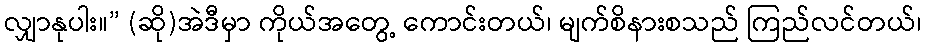
လျှာနုပါး။” (ဆို)အဲဒီမှာ ကိုယ်အတွေ့ ကောင်းတယ်၊ မျက်စိနားစသည် ကြည်လင်တယ်၊